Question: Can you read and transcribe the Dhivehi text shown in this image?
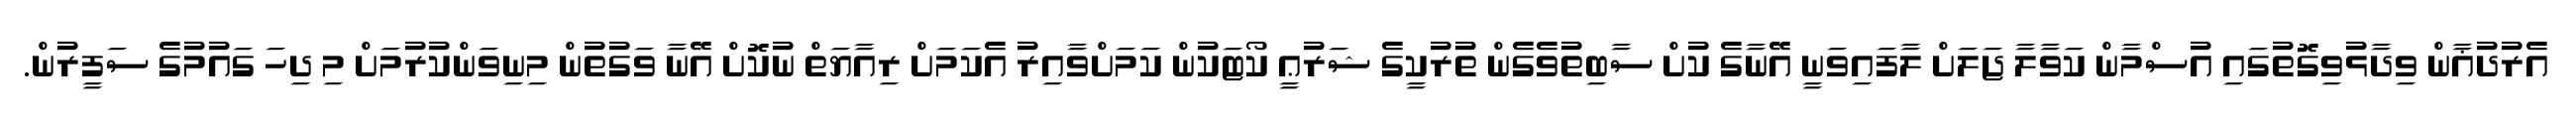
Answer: އެރުދުޣާން ވިދާޅުވިގޮތުގައި އުސްމާން ކަވާލާ ޖަލަށް ލާފައިވަނީ އޭނާގެ ކުށް ސާބިތުވެގެން ތުރުކީގެ ޝަރުޢީ ކޯޓަކުން ކަމަށްވާއިރު އެކަމަށް ރިއާޔަތް ނުކޮށް އޭނާ ވަގުތުން މިނިވަންކުރުމަށް މި ދިހަ ގައުމުގެ ސަފީރުން.